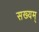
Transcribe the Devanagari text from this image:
सख्यम्